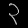
Digit: ၃